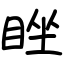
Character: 睉